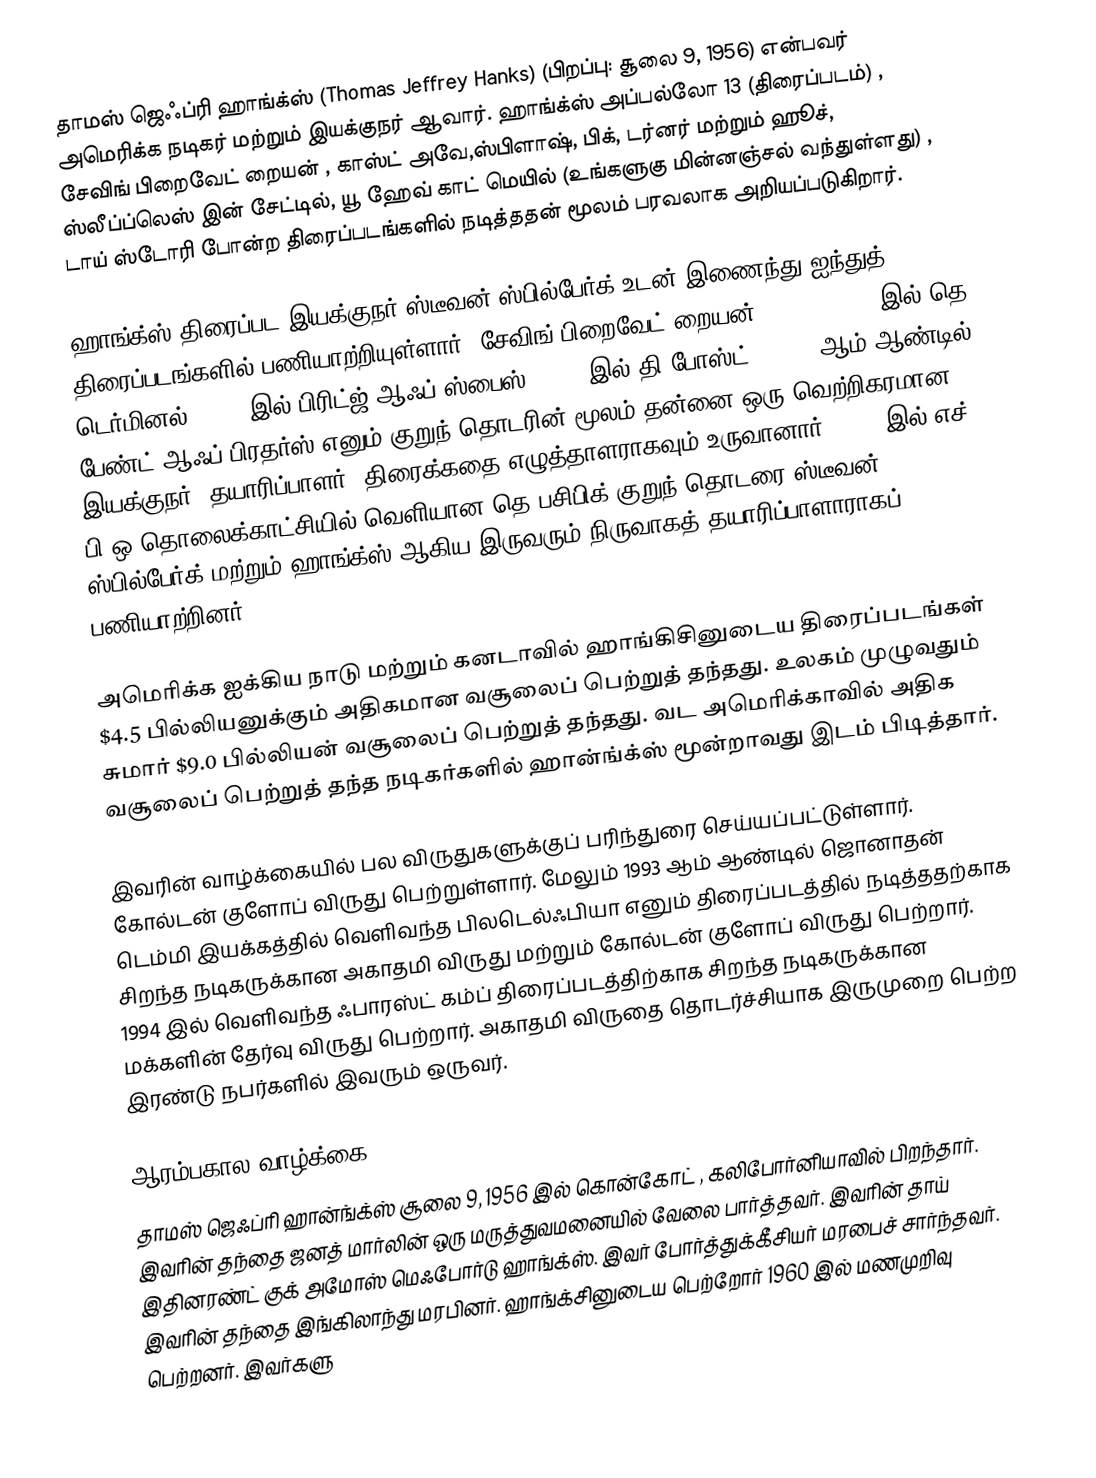
தாமஸ் ஜெஃப்ரி ஹாங்க்ஸ் (Thomas Jeffrey Hanks) (பிறப்பு: சூலை 9, 1956) என்பவர் அமெரிக்க நடிகர் மற்றும் இயக்குநர் ஆவார். ஹாங்க்ஸ் அப்பல்லோ 13 (திரைப்படம்) , சேவிங் பிறைவேட் றையன் , காஸ்ட் அவே,ஸ்பிளாஷ், பிக், டர்னர் மற்றும் ஹூச், ஸ்லீப்ப்லெஸ் இன் சேட்டில்,  யூ ஹேவ் காட் மெயில் (உங்களுகு மின்னஞ்சல் வந்துள்ளது) , டாய் ஸ்டோரி போன்ற திரைப்படங்களில் நடித்ததன் மூலம் பரவலாக அறியப்படுகிறார்.

ஹாங்க்ஸ் திரைப்பட இயக்குநர் ஸ்டீவன் ஸ்பில்பேர்க் உடன் இணைந்து ஐந்துத் திரைப்படங்களில் பணியாற்றியுள்ளார். சேவிங் பிறைவேட் றையன் (1998),  2004 இல் தெ டெர்மினல், 2015 இல் பிரிட்ஜ் ஆஃப் ஸ்பைஸ், 2017 இல் தி போஸ்ட் . 2001 ஆம் ஆண்டில் பேண்ட் ஆஃப் பிரதர்ஸ் எனும் குறுந் தொடரின் மூலம் தன்னை ஒரு வெற்றிகரமான இயக்குநர், தயாரிப்பாளர், திரைக்கதை எழுத்தாளராகவும் உருவானார். 2010 இல் எச் பி ஒ தொலைக்காட்சியில் வெளியான தெ பசிபிக் குறுந் தொடரை ஸ்டீவன் ஸ்பில்பேர்க் மற்றும் ஹாங்க்ஸ் ஆகிய இருவரும் நிருவாகத் தயாரிப்பாளாராகப் பணியாற்றினர்.

அமெரிக்க ஐக்கிய நாடு மற்றும் கனடாவில்  ஹாங்கிசினுடைய திரைப்படங்கள் $4.5 பில்லியனுக்கும் அதிகமான வசூலைப் பெற்றுத் தந்தது. உலகம் முழுவதும் சுமார் $9.0 பில்லியன் வசூலைப் பெற்றுத் தந்தது. வட அமெரிக்காவில் அதிக வசூலைப் பெற்றுத் தந்த நடிகர்களில் ஹான்ங்க்ஸ் மூன்றாவது இடம் பிடித்தார்.

இவரின் வாழ்க்கையில் பல விருதுகளுக்குப் பரிந்துரை செய்யப்பட்டுள்ளார். கோல்டன் குளோப் விருது பெற்றுள்ளார். மேலும் 1993 ஆம் ஆண்டில் ஜொனாதன் டெம்மி இயக்கத்தில் வெளிவந்த பிலடெல்ஃபியா எனும் திரைப்படத்தில் நடித்ததற்காக சிறந்த நடிகருக்கான அகாதமி விருது மற்றும் கோல்டன் குளோப் விருது பெற்றார். 1994 இல் வெளிவந்த ஃபாரஸ்ட் கம்ப் திரைப்படத்திற்காக சிறந்த நடிகருக்கான மக்களின் தேர்வு விருது பெற்றார். அகாதமி விருதை தொடர்ச்சியாக இருமுறை பெற்ற இரண்டு நபர்களில் இவரும் ஒருவர்.

ஆரம்பகால வாழ்க்கை
தாமஸ் ஜெஃப்ரி ஹான்ங்க்ஸ்  சூலை 9, 1956 இல் கொன்கோட் , கலிபோர்னியாவில் பிறந்தார்.  இவரின் தந்தை ஜனத் மார்லின் ஒரு மருத்துவமனையில் வேலை பார்த்தவர். இவரின் தாய் இதினரண்ட் குக் அமோஸ் மெஃபோர்டு ஹாங்க்ஸ். இவர் போர்த்துக்கீசியர் மரபைச் சார்ந்தவர்.  இவரின் தந்தை இங்கிலாந்து மரபினர். ஹாங்க்சினுடைய பெற்றோர் 1960 இல் மணமுறிவு பெற்றனர். இவர்களு